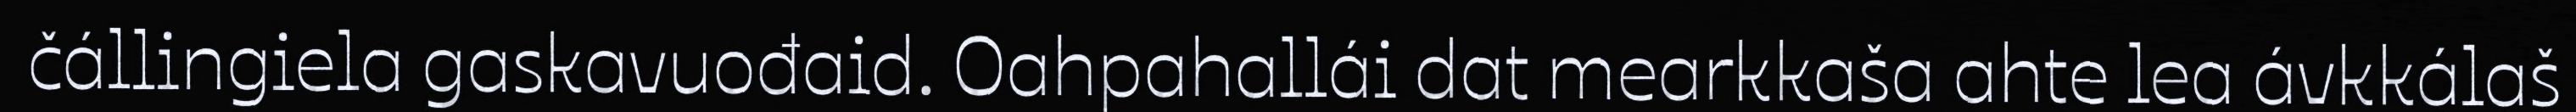
čállingiela gaskavuođaid. Oahpahallái dat mearkkaša ahte lea ávkkálaš